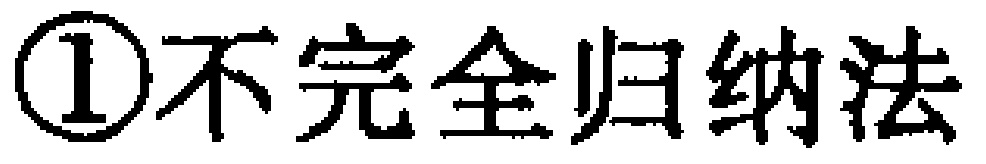
\textcircled{1}不完全归纳法